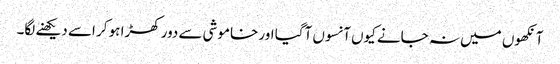
آنکھوں میں نہ جانے کیوں آنسوں آگیا اور خاموشی سے دور کھڑا ہو کر اسے دیکھنے لگا۔